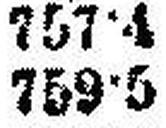
759•5